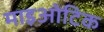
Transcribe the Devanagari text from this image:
माइओटिक